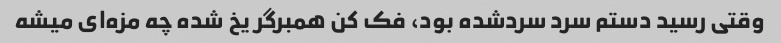
وقتی رسید دستم سرد سردشده بود، فک کن همبرگر یخ شده چه مزه‌ای میشه